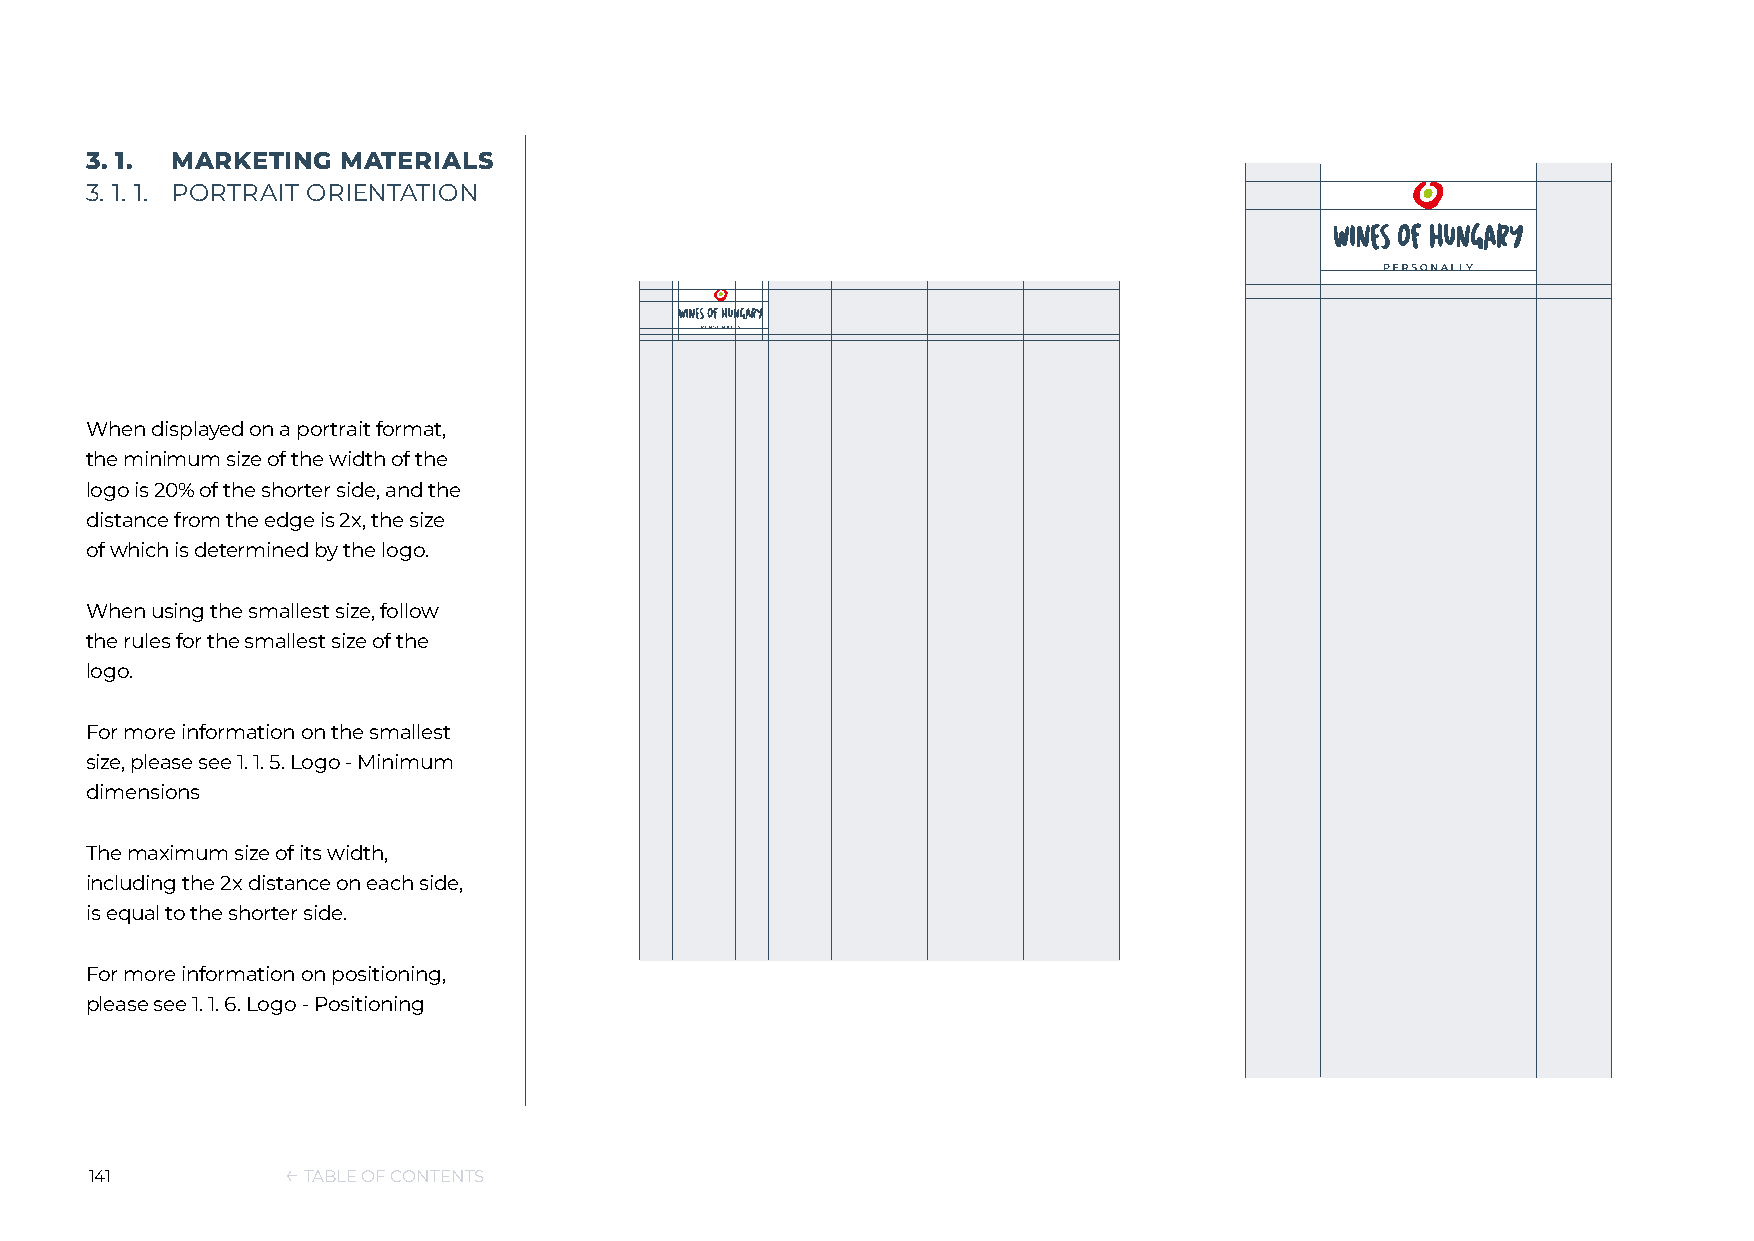
3. 1. MARKETING  MATERIALS
 3. 1. 1. PORTRAIT ORIENTATION
 When displayed on a portrait format,
 the minimum size of the width of the
 logo is 20% of the shorter side, and the
 distance from the edge is 2x, the size
 of which is determined by the logo.
 When using the smallest size, follow
 the rules for the smallest size of the
 logo.
 For more information on the smallest
 size, please see 1. 1. 5. Logo - Minimum
 dimensions
 The maximum size of its width,
 including the 2x distance on each side,
 is equal to the shorter side.
 For more information on positioning,
 please see 1. 1. 6. Logo - Positioning
 141          ← TABLE OF CONTENTS